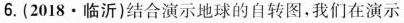
6.(2018·临沂)结合演示地球的自转图，我们在演示